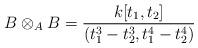
LaTeX: \begin{align*}B\otimes_A B=\frac{k[t_1,t_2]}{(t_1^3-t_2^3,t_1^4-t_2^4)}\end{align*}